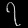
Digit: ၇